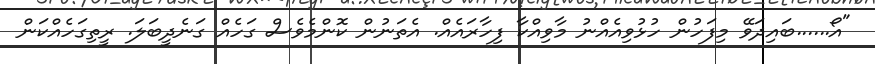
"އޯ......ބައިދަވޭ މިފަހުން ހުޅުވިއެއްނު މާވިއްކާ ފިހާރައެއް. އެތަނުން ކޮންމެވެސް ގަހެއް ގަނެދީބަލަ. ރީތިގަހެއްކަން